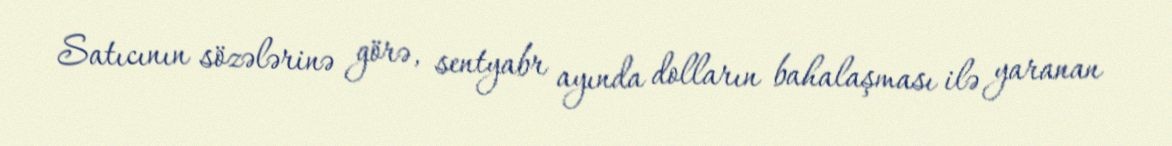
Satıcının sözələrinə görə, sentyabr ayında dolların bahalaşması ilə yaranan